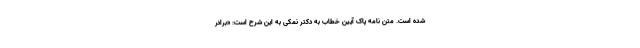
شده است‌. متن نامه پاک آیین خطاب به دکتر نمکی به این شرح است: «برادر